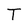
Character: T